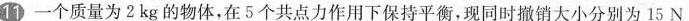
11 一个质量为2kg的物体，在5个共点力作用下保持平衡，现同时撤销大小分别为15N